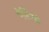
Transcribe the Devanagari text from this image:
पेसियो